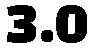
3.0